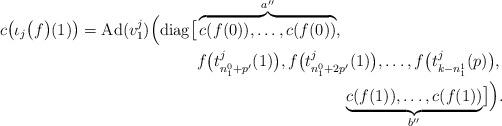
LaTeX: \begin{align*}\begin{aligned}c\bigl(\iota_j\bigl(f\bigr)(1)\bigr) = \operatorname{Ad}(v_1^j) \Bigl( \operatorname{diag}\bigl[&\overbrace{c(f(0)), \dots, c(f(0))}^{a''}, \\&f\bigl(t_{n_1^0 + p'}^j(1)\bigr), f\bigl(t_{n_1^0 + 2p'}^j(1)\bigr), \dots, f\bigl(t_{k-n_1^1}^j(p)\bigr), \\&\qquad\qquad\qquad\qquad\quad\underbrace{c(f(1)), \dots, c(f(1))}_{b''} \bigr] \Bigr). \end{aligned}\end{align*}